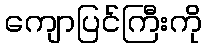
ကျောပြင်ကြီးကို